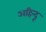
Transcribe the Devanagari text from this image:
अहिन्दू